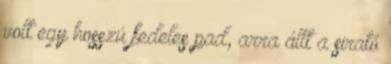
volt egy hosszú fedeles pad, arra állt a sirató